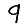
Digit: 9